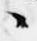
々